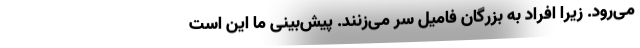
می‌رود. زیرا افراد به بزرگان فامیل سر می‌زنند. پیش‌بینی ما این است